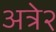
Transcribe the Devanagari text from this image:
अत्रे२